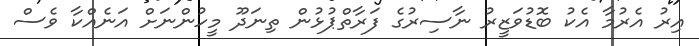
އިރު އެރުމާ އެކު ބޮޑުވަޒީރު ނާސިރުގެ ފަރާތްޕުޅުން ތިނަދޫ މީހުންނަށް އަނެއްކާ ވެސް